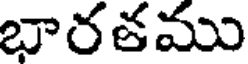
భారతము